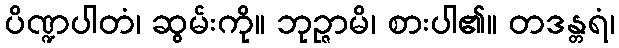
ပိဏ္ဍပါတံ၊ ဆွမ်းကို။ ဘုဉ္ဇာမိ၊ စားပါ၏။ တဒန္တရံ၊